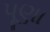
પૂણા